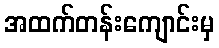
အထက်တန်းကျောင်းမှ